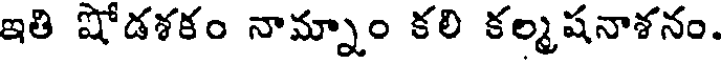
ఇతి షోడశకం నామ్నాం కలి కల్మషనాశనం.